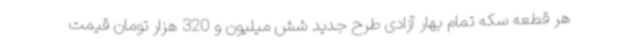
هر قطعه سکه تمام بهار آزادی طرح جدید شش میلیون و 320 هزار تومان قیمت